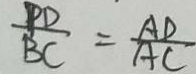
\frac { P D } { B C } = \frac { A D } { A C }